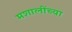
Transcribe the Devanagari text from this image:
मशालींच्या